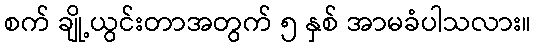
စက် ချို့ယွင်းတာအတွက် ၅ နှစ် အာမခံပါသလား။